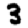
Digit: 3